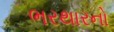
ભરથારનો